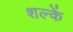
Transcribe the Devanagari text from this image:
शल्कें